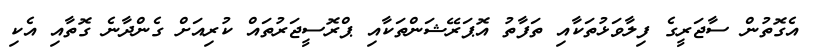
އެގޮތުން ސާޖަރީގެ ފިލާވަޅުތަކާއި ތަފާތު އޮޕަރޭޝަންތަކާއި ޕްރޮސީޖަރުތައް ކުރިއަށް ގެންދާނެ ގޮތާއި އެކި